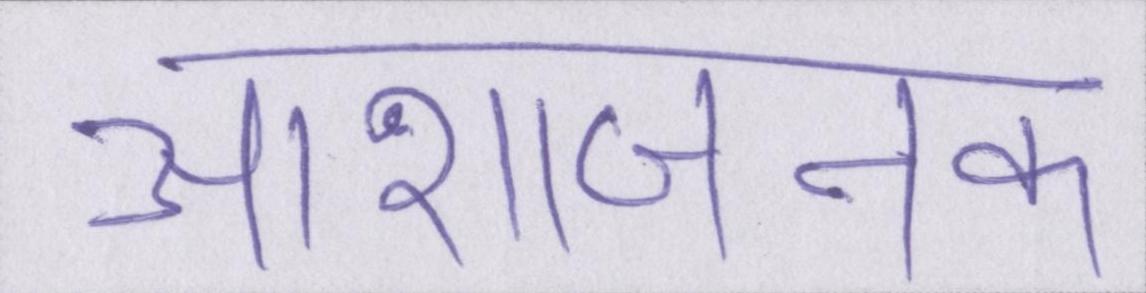
आशाजनक